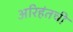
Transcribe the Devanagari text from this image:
अरिहंतची